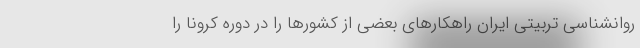
روانشناسی تربیتی ایران راهکارهای بعضی از کشورها را در دوره کرونا را